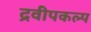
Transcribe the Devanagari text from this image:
द्रवीपकल्प